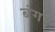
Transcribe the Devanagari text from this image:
बंग।